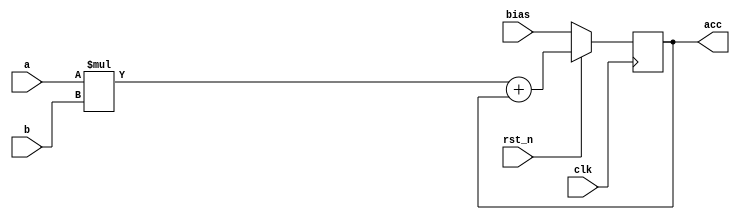

module mac_beh #(parameter VAR_SIZE = 8, parameter ACC_SIZE = 32)
(
	output reg signed [(ACC_SIZE-1):0] acc,
	input wire signed [(VAR_SIZE-1):0] a,
	input wire signed [(VAR_SIZE-1):0] b,
  input wire signed [(ACC_SIZE-1):0] bias,
	input wire clk,
	input wire rst_n
);

	wire signed [(ACC_SIZE-1):0] ab;
	wire signed [(ACC_SIZE-1):0] acc_nxt;

	always @(posedge clk)
	begin
		if (!rst_n)
			acc <= bias;
		else
			acc <= acc_nxt;
	end
	
	assign ab = a * b;
	assign acc_nxt = ab + acc;

endmodule